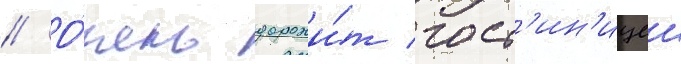
// О́чень дорожи́т гост'ин'ицеи